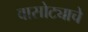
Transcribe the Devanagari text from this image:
वासोट्याचे